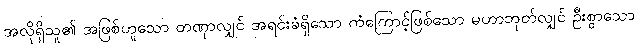
အလိုရှိသူ၏ အဖြစ်ဟူသော တဏှာလျှင် အရင်းခံရှိသော ကံကြောင့်ဖြစ်သော မဟာဘုတ်လျှင် ဦးစွာသော